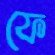
ফে